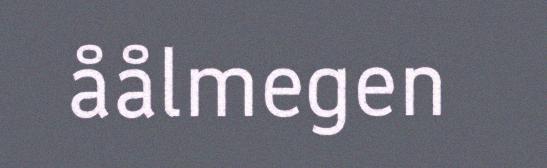
åålmegen